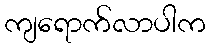
ကျရောက်လာပါက